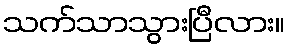
သက်သာသွားပြီလား။